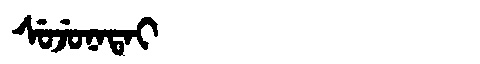
Manchu: ᠰᡠᠵᡠᠨᠠᡨᠠᡳ
Romanization: SUJUNATAI